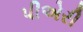
પીએરી